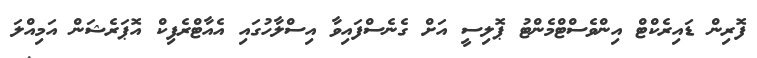
ފޮރިން ޑައިރެކްޓް އިންވެސްޓްމެންޓު ޕޮލިސީ އަށް ގެނެސްފައިވާ އިސްލާހުގައި އެއާޓްރެފިކް އޮޕަރެޝަން އަމިއްލަ